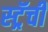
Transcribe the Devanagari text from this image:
स्ट्रॅची